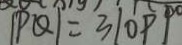
\vert P Q \vert = 3 \vert O P \vert